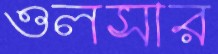
ওলসার